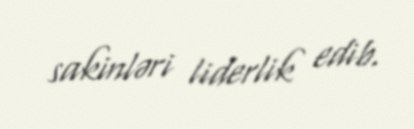
sakinləri liderlik edib.